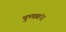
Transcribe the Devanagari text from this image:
पुष्पबंध